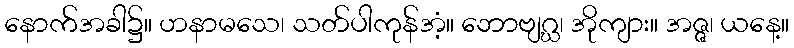
နောက်အခါ၌။ ဟနာမသေ၊ သတ်ပါကုန်အံ့။ ဘောဗျဂ္ဃ၊ အိုကျား။ အဇ္ဇ၊ ယနေ့။